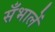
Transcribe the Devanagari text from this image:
सँभालें